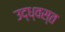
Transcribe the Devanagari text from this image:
उद्‍ध्वस्त